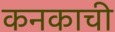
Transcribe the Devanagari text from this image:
कनकाची